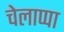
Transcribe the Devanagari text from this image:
चेलाप्पा